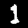
Label: 1